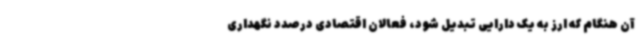
آن هنگام که ارز به یک دارایی تبدیل شود، فعالان اقتصادی درصدد نگهداری